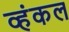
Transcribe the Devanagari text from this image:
व्हंकल